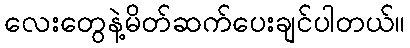
လေးတွေနဲ့မိတ်ဆက်ပေးချင်ပါတယ်။